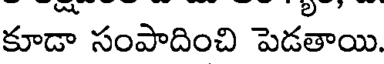
కూడా సంపాదించి పెడతాయి.